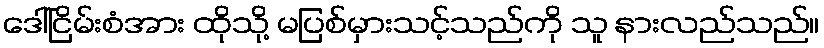
ဒေါ်ငြိမ်းစံအား ထိုသို့ မပြစ်မှားသင့်သည်ကို သူ နားလည်သည်။